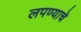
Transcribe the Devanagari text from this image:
लपण्याचे